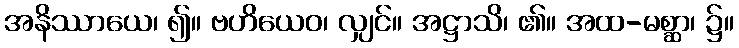
အနိဿာယေ၊ ၍။ ဗဟိယေဝ၊ လျှင်။ အဋ္ဌာသိ၊ ၏။ အထ-မစ္ဆာ၊ ၌။